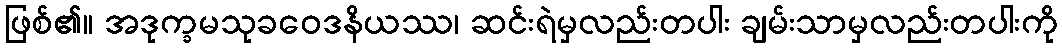
ဖြစ်၏။ အဒုက္ခမသုခဝေဒနိယဿ၊ ဆင်းရဲမှလည်းတပါး ချမ်းသာမှလည်းတပါးကို